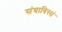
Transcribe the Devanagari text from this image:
संघाविस्सं